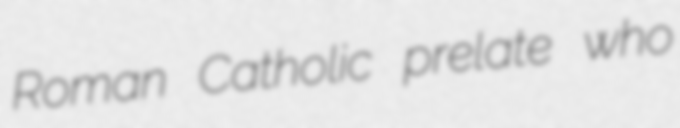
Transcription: Roman Catholic prelate who